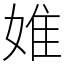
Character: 婎